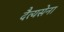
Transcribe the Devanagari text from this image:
दैत्यसेना